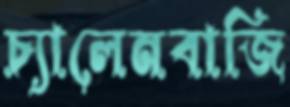
চ্যালেনবাজি